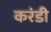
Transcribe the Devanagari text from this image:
करंडी